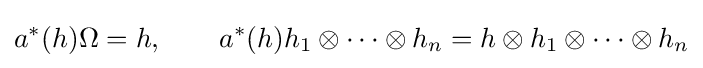
a^{*}(h)\Omega =h,\qquad a^{*}(h)h_{1}\otimes \cdots \otimes h_{n}=h\otimes h_{1}\otimes \cdots \otimes h_{n}